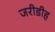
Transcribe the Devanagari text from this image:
जरीडीह